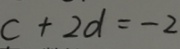
c + 2 d = - 2